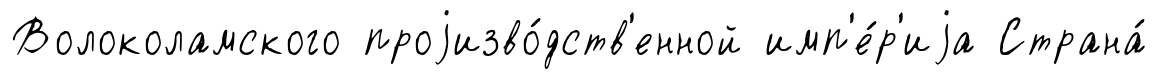
Волоколамского проjизво́дств'енной имп'е́р'иjа Страна́